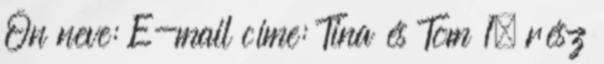
Ön neve: E-mail címe: Tina és Tom 1. rész